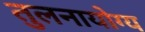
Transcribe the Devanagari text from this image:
तुलनायोग्य